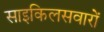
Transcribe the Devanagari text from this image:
साइकिलसवारों